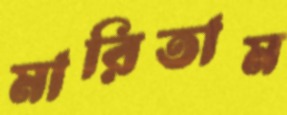
মারিতাম